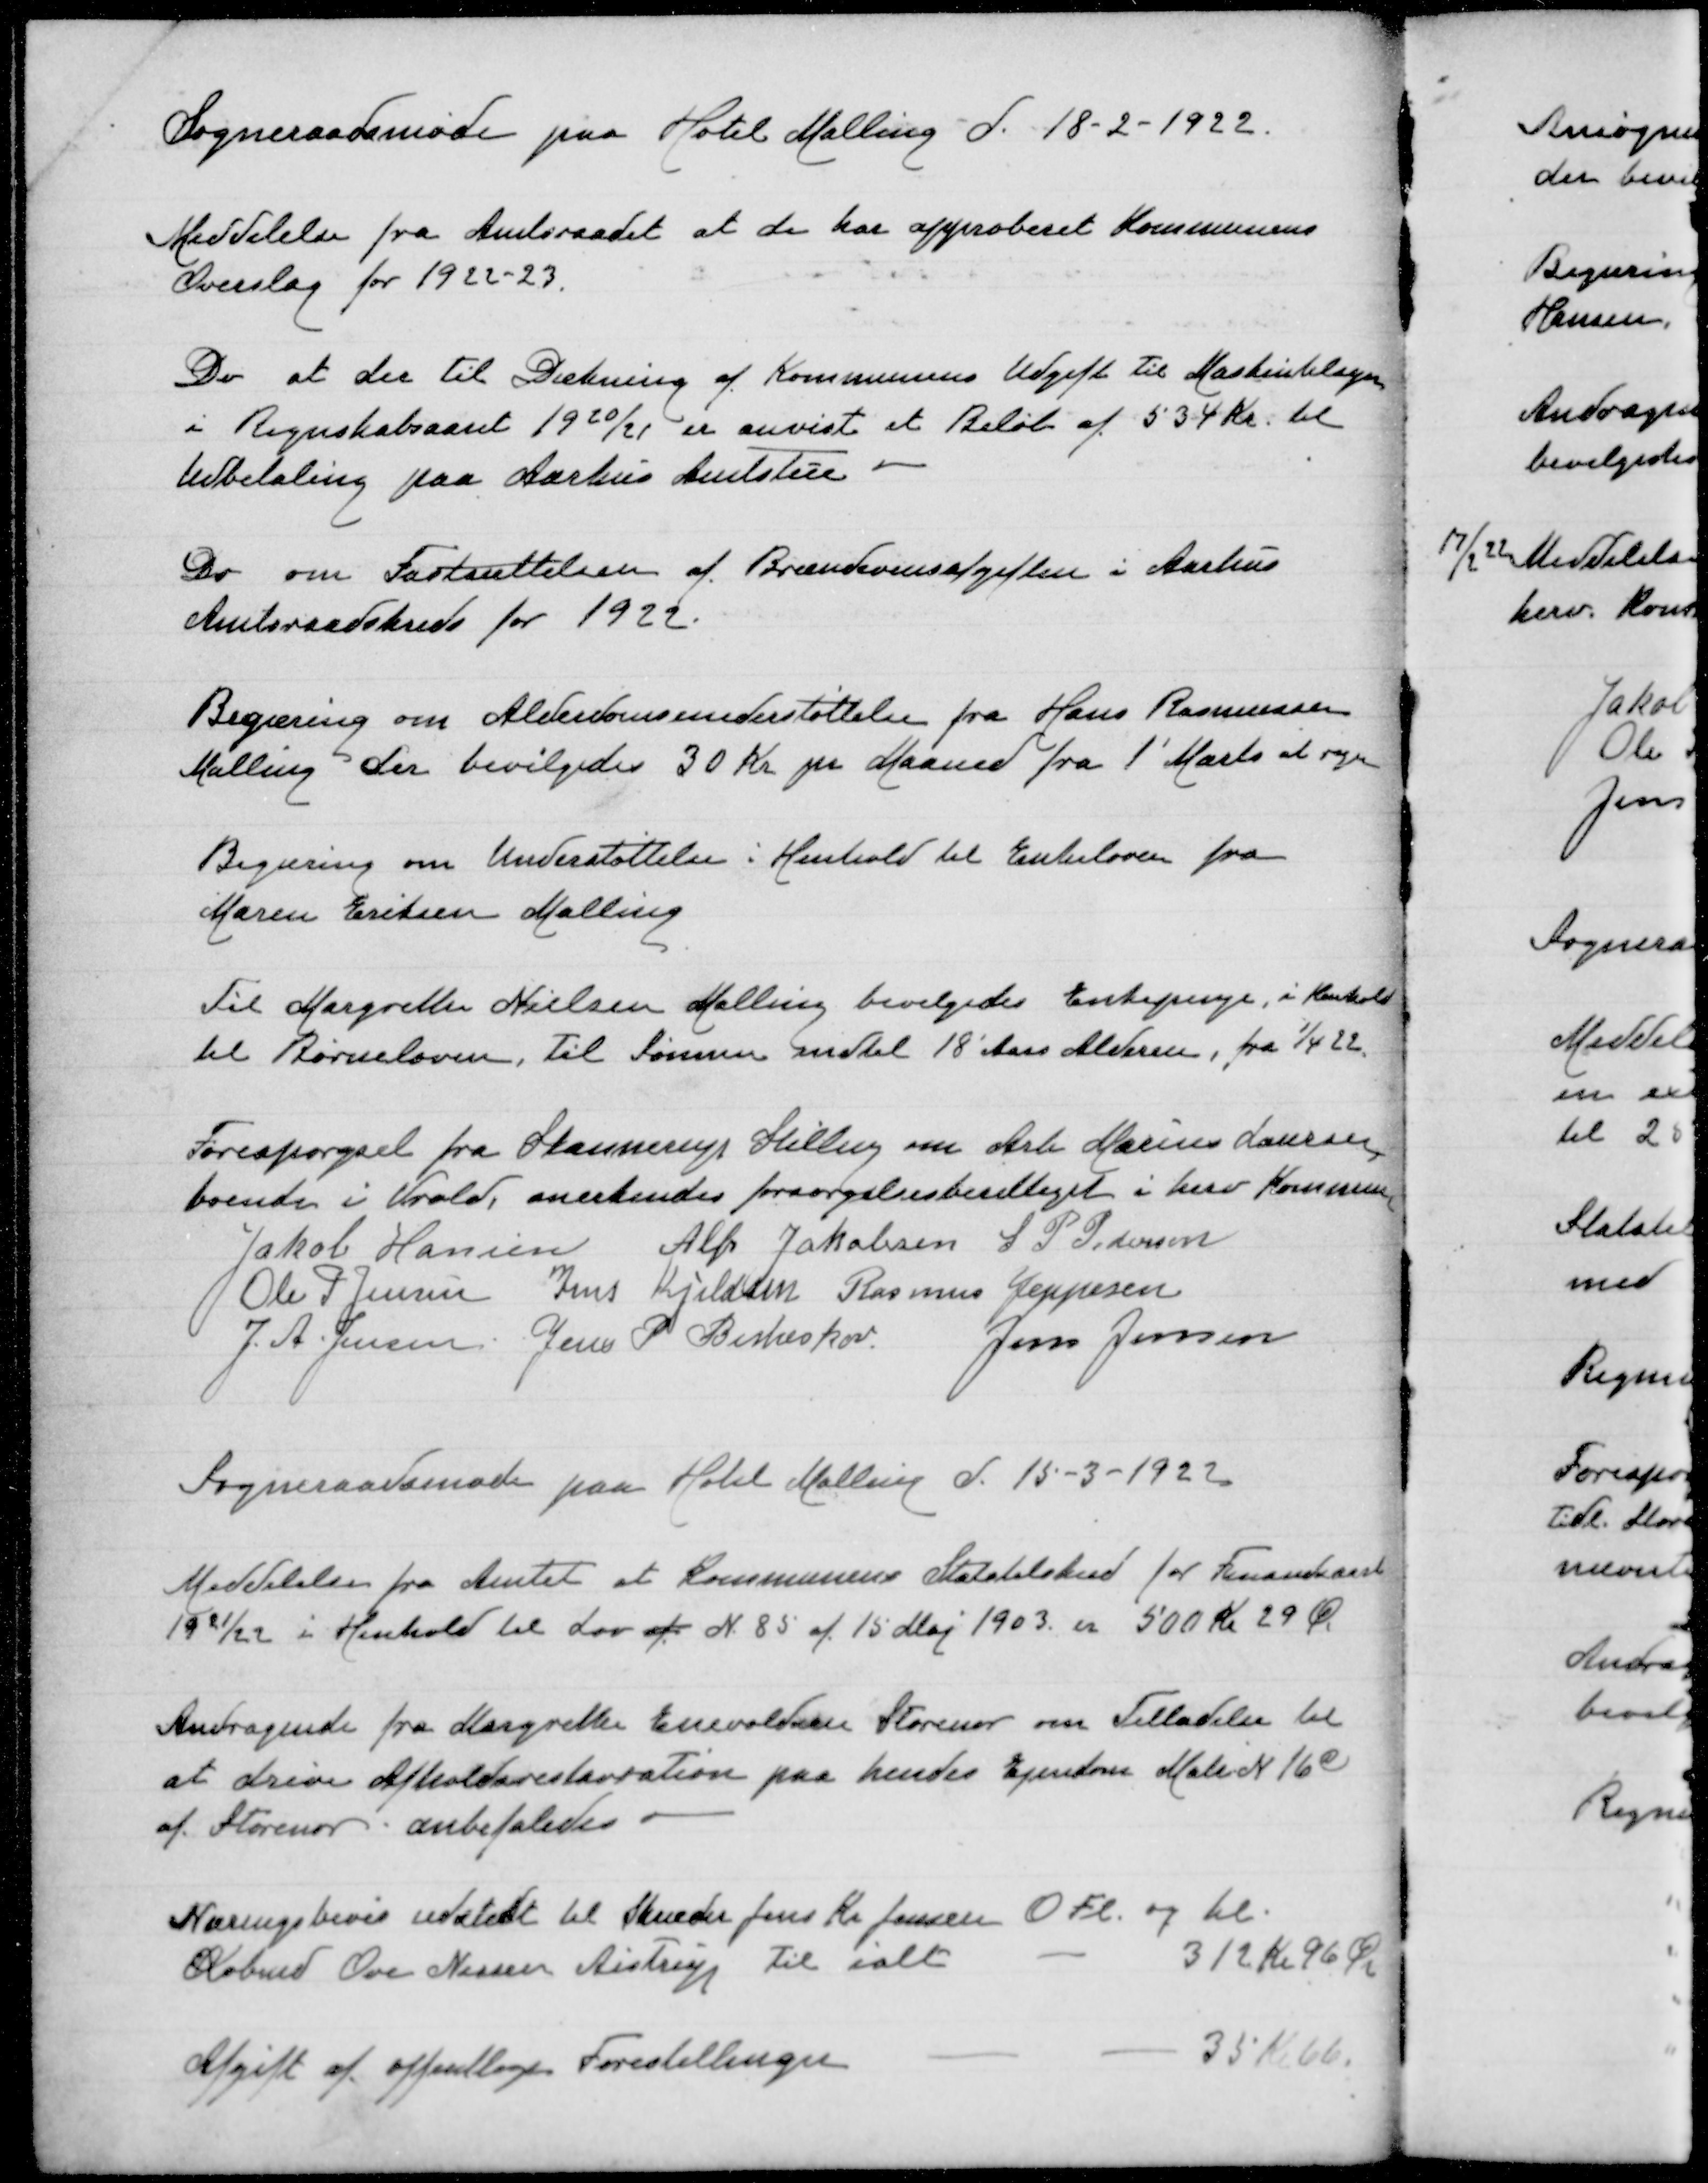
Transskription:
Sogneraadsmøde paa Hotel Malling d 18-2-1922
Meddelelse fra Amtsraadet at de kan approbere Kommunens
Overslag for 1922-23
Do at der til Dækning af Kommunens Udgift til Maskintilsyn
i Regnskabsaaret 1920/21 er anvist et Beløb af 534 Kr til
Udbetaling paa Aarhus Amtsstue
Do om Fastsættelsen af Brændevinsafgiften i Aarhus
Amtsraadskreds for 1922
Begæring om Alderdomsunderstøttelse fra Hans Rasmussen
Malling der bevilgedes 30 Kr pr Maaned fra 1' Marts at regne
Begæring om Understøttelse i Henhold til Enkeloven fra
Maren Eriksen Malling
Til Margrethe Nielsen Malling bevilgedes Enkepenge i Henhold
til Børneloven Til Sønnen indtil 18 Aars Alderen, fra 1/4 22
Forespørgsel fra Skannerup Stilling om Arb Marius Laursen,
boende i Vrold, anerkendes forsørgelsesberettiget i herv Kommune
Jakob Hansen
Alfr Jakobsen
S P Pedersen
Ole P Jensen
Jens Kjeldsen
Rasmus Jeppesen
J A Jensen
Jens P Birkeskov
Jens Jensen
Sogneraadsmøde paa Hotel Malling d 15-3-1922
Meddelelse fra Amtet at Kommunens Statstilskud for Finansaaret
1921/22 i Henhold til Lov af N 85 af 15 Maj 1903 er  500 Kr 29 Øre
Andragende fra Margrethe Enevoldsen Storenor om Tilladelse til
at drive Afholdsrestauration paa hendes Ejendom Matr N 16q
af Storenor anbefaledes
Næringsbevis udstedt til Skræder Jens Kr Jensen O Fl og til
Købmd Ove Nissen Aistrup til ialt
312 Kr 96 Øre
Afgift afoffentlige Forestillinger
35 Kr 66